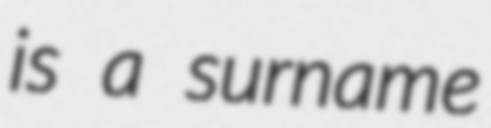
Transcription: is a surname